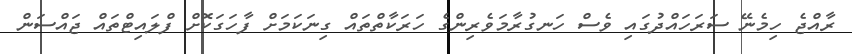
ރާއްޖެ ހިމެނޭ ސަރަހައްދުގައި ވެސް ހަނގުރާމަވެރިންގެ ހަރަކާތްތައް ގިނަކަމަށް ފާހަގަކޮށް ފްލައިޓްތައް ޖައްސަން